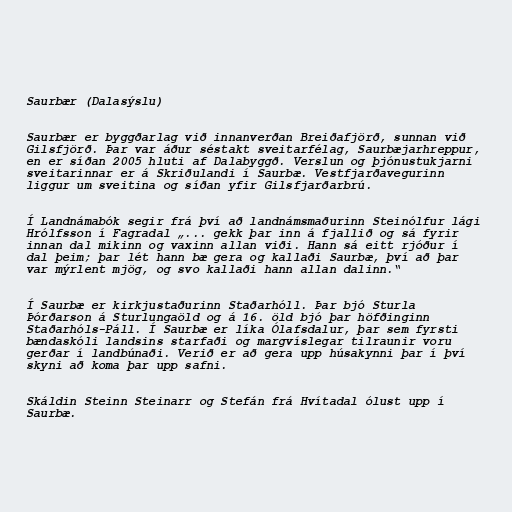
Saurbær (Dalasýslu)

Saurbær er byggðarlag við innanverðan Breiðafjörð, sunnan við
Gilsfjörð. Þar var áður séstakt sveitarfélag, Saurbæjarhreppur,
en er síðan 2005 hluti af Dalabyggð. Verslun og þjónustukjarni
sveitarinnar er á Skriðulandi í Saurbæ. Vestfjarðavegurinn
liggur um sveitina og síðan yfir Gilsfjarðarbrú.

Í Landnámabók segir frá því að landnámsmaðurinn Steinólfur lági
Hrólfsson í Fagradal „... gekk þar inn á fjallið og sá fyrir
innan dal mikinn og vaxinn allan viði. Hann sá eitt rjóður í
dal þeim; þar lét hann bæ gera og kallaði Saurbæ, því að þar
var mýrlent mjög, og svo kallaði hann allan dalinn.“

Í Saurbæ er kirkjustaðurinn Staðarhóll. Þar bjó Sturla
Þórðarson á Sturlungaöld og á 16. öld bjó þar höfðinginn
Staðarhóls-Páll. Í Saurbæ er líka Ólafsdalur, þar sem fyrsti
bændaskóli landsins starfaði og margvíslegar tilraunir voru
gerðar í landbúnaði. Verið er að gera upp húsakynni þar í því
skyni að koma þar upp safni.

Skáldin Steinn Steinarr og Stefán frá Hvítadal ólust upp í
Saurbæ.